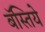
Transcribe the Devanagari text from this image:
बॅस्तिये